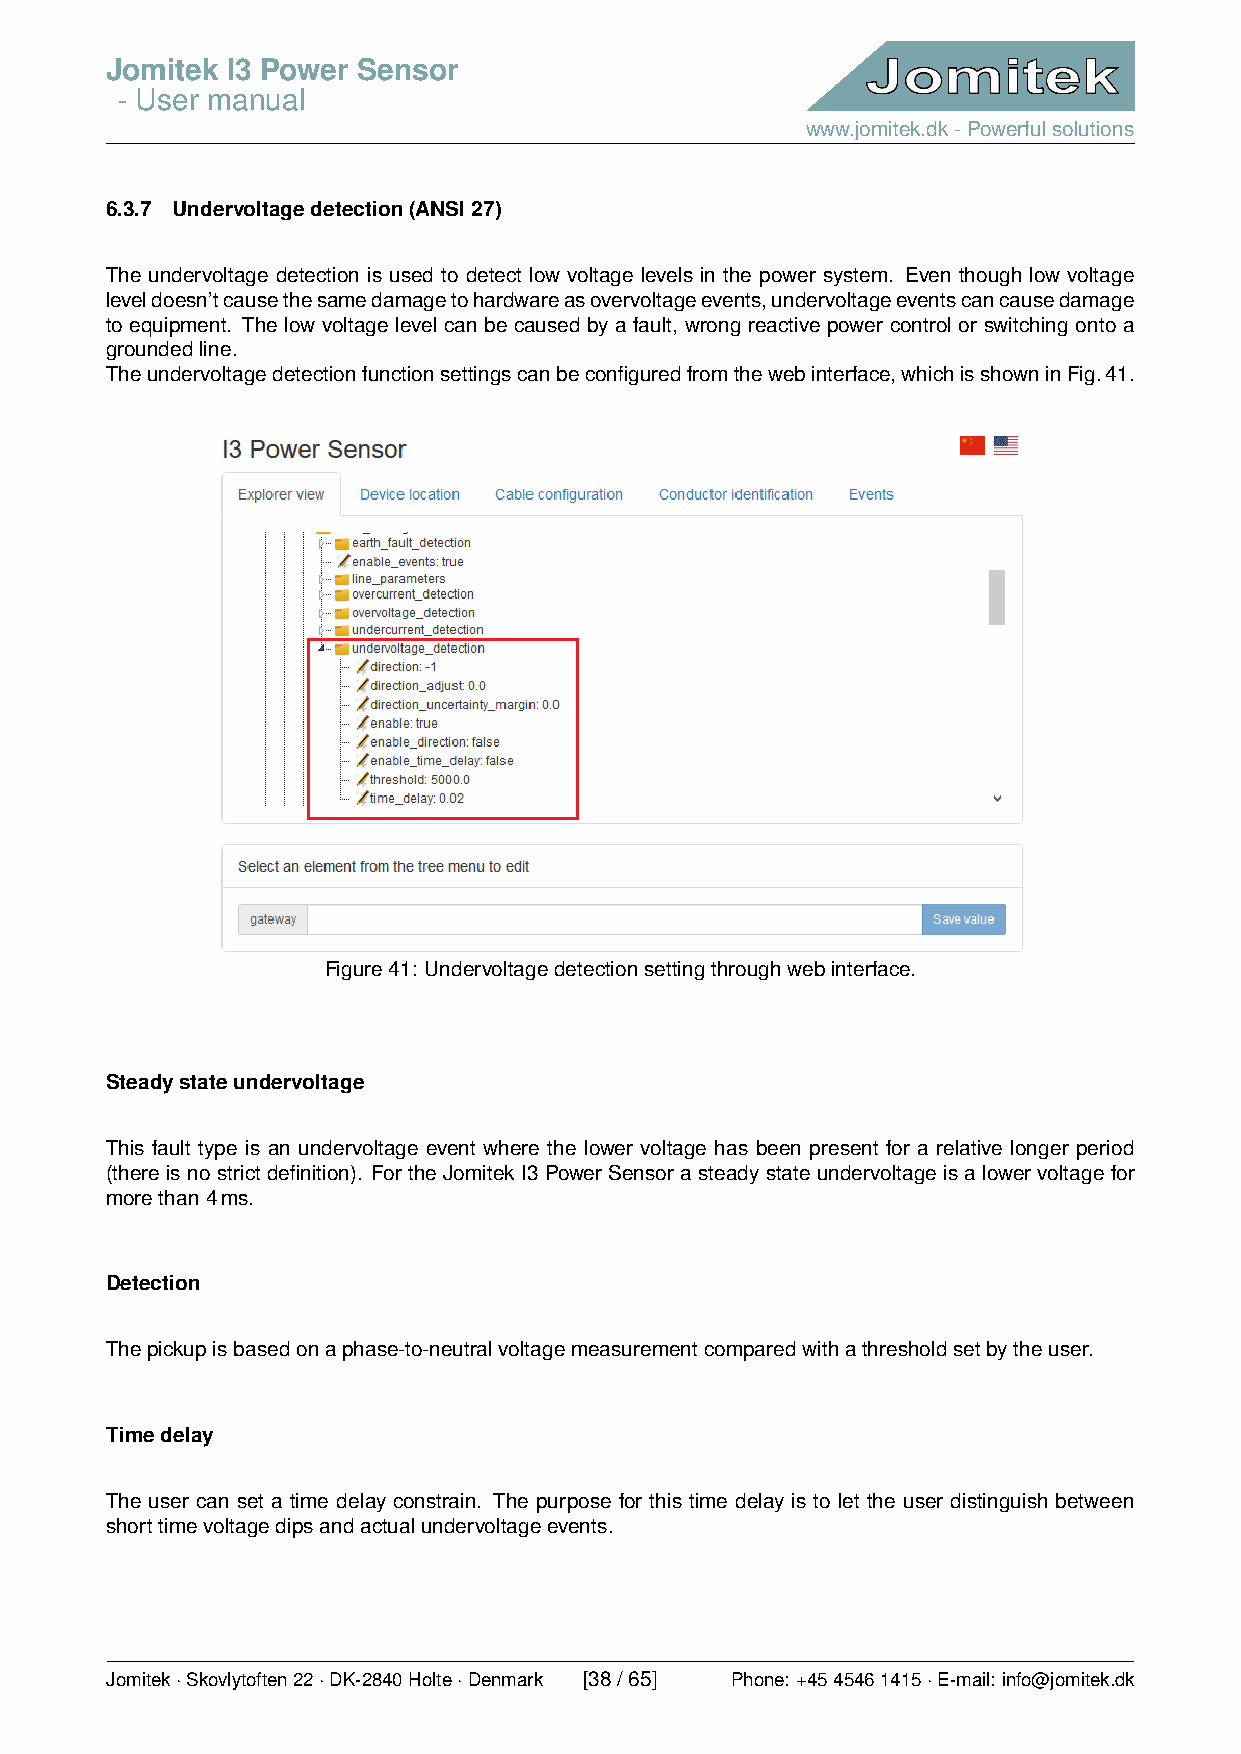
Jomitek I3 Power Sensor
 - User manual
 www.jomitek.dk-Powerfulsolutions
 6.3.7 Undervoltagedetection(ANSI27)
 The undervoltage detection is used to detect low voltage levels in the power system. Even though low voltage
 leveldoesn’tcausethesamedamagetohardwareasovervoltageevents,undervoltageeventscancausedamage
 to equipment. The low voltage level can be caused by a fault, wrong reactive power control or switching onto a
 groundedline.
 Theundervoltagedetectionfunctionsettingscanbeconfiguredfromthewebinterface,whichisshowninFig.41.
 Figure41: Undervoltagedetectionsettingthroughwebinterface.
 Steadystateundervoltage
 This fault type is an undervoltage event where the lower voltage has been present for a relative longer period
 (thereisnostrictdefinition). FortheJomitekI3PowerSensorasteadystateundervoltageisalowervoltagefor
 morethan4ms.
 Detection
 Thepickupisbasedonaphase-to-neutralvoltagemeasurementcomparedwithathresholdsetbytheuser.
 Timedelay
 The user can set a time delay constrain. The purpose for this time delay is to let the user distinguish between
 shorttimevoltagedipsandactualundervoltageevents.
 Jomitek·Skovlytoften22·DK-2840Holte·Denmark [38/65] Phone: +4545461415·E-mail: info@jomitek.dk